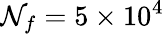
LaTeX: \mathcal{N}_{f}=5\times10^{4}